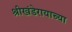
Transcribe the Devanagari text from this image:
श्रीखंडेरायाच्या